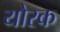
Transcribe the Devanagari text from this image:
योरक